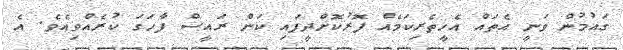
ގައުމުން ވަނީ އެތައް އެހީތެރިކަމެއް ފޮރުކޮށްދީފައި ކަން ރައީސް ފާހަގަ ކުރެއްވިއެވެ. އެ